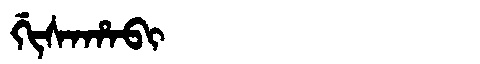
Manchu: ᡤᡳᠰᠠᡥᠠᠪᡳ
Romanization: GISAHABI